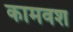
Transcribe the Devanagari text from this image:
कामवश